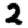
Digit: 2